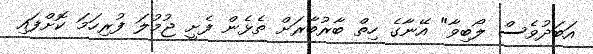
އަބަދުވެސް ލޯބިވާ" އޭނާގެ ހިތް ބާރުބާރަށް ތެޅެން ފެށީ ޖުމުލަ ފުރިހަމަ ކޮށްފައި